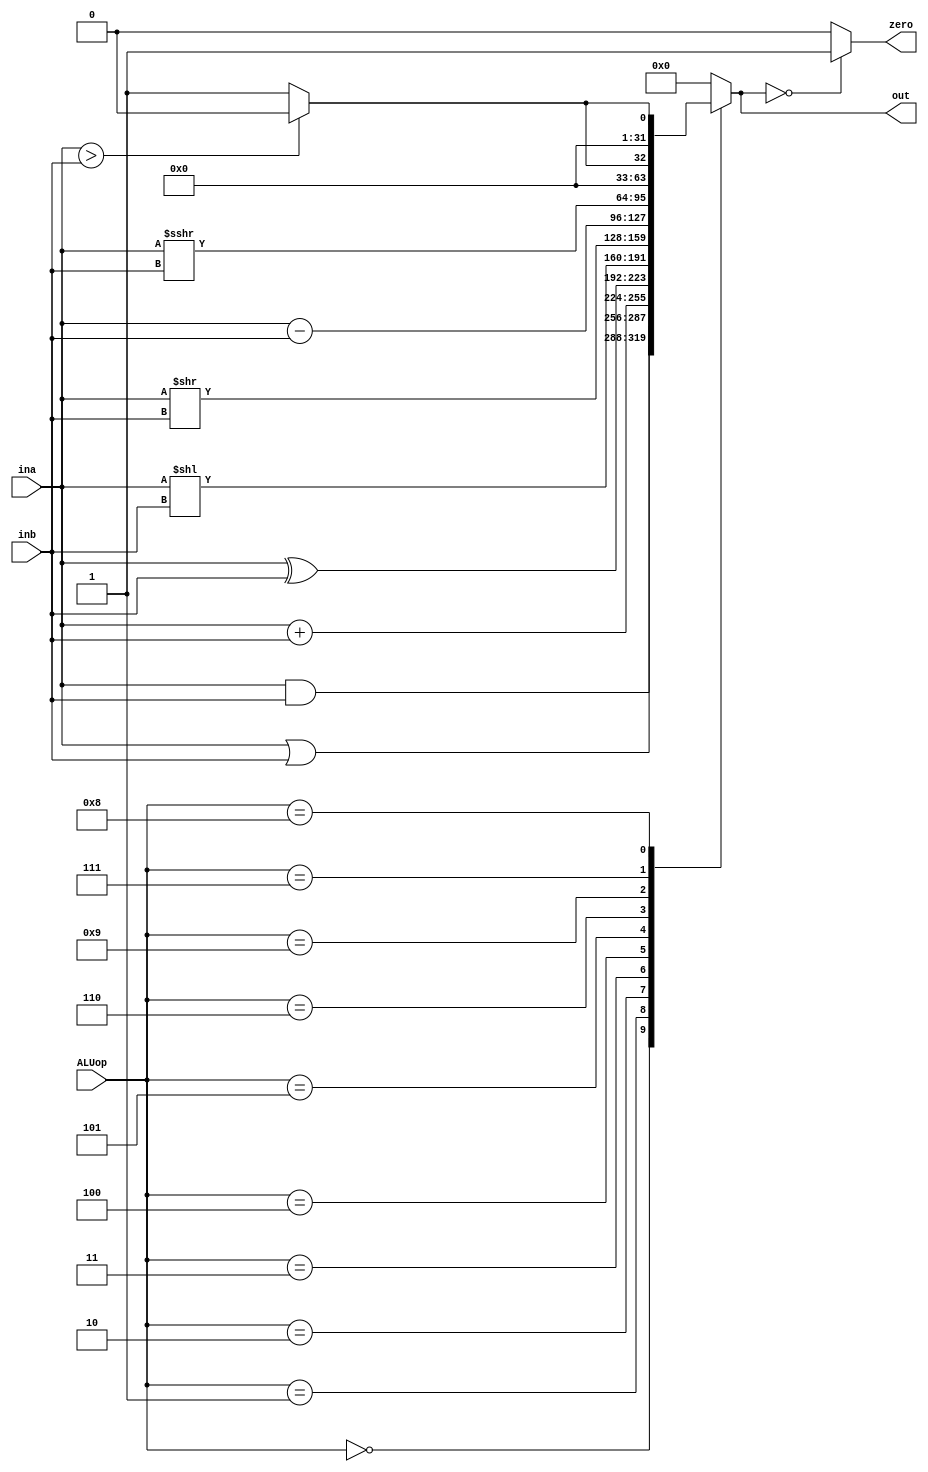
`timescale 1ns / 1ps
//////////////////////////////////////////////////////////////////////////////////
// Company: 
// Engineer: 
// 
// Design Name: 
// Module Name: ALU
// Project Name: 
// Target Devices: 
// Tool Versions: 
// Description: 
// 
// Dependencies: 
// 
// Revision:
// Revision 0.01 - File Created
// Additional Comments:
// 
//////////////////////////////////////////////////////////////////////////////////


module ALU(input [3:0] ALUop,
           input [31:0] ina, inb,
           output zero,
           output reg [31:0] out);
    
    reg aux;
    
    initial begin
        out = 0;
        aux = 1;
    end
    always @(*)begin
        out = 0;
        casex(ALUop)
            4'b0000: out = ina & inb;   // and, andi
            4'b0001: out = ina | inb;   // or, ori
            4'b0010: out = ina + inb;   // add, addi, lw, sd
            4'b0011: out = ina ^ inb;   // xor, xori
            4'b0100: out = ina << inb;  // sll, slli
            4'b0101: out = ina >> inb;  // srl, srli
            4'b0110: out = ina - inb;   // sub, subi, beg, bne
            4'b1001: out = ina >>> inb; // sra, srai
            4'b0111:                    // bltu, bgeu, sltu, sltiu
                if ({1'b0, ina} > {1'b0, inb})
                    out = 0;
                else
                    out = 1;
            4'b1000:                    // blt, bge, slt, slti
                if (ina > inb)
                    out = 0;
                else
                    out = 1;
            default: out = 0;
        endcase
        if (out == 0)
            aux = 1;
        else
            aux = 0;
    end
    
    assign zero = aux; 
    
endmodule